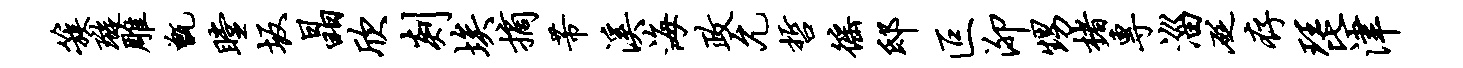
簇璇雕甑瞠坂晶欣剡埃摘芾溪海政允哲徭邸叵泖甥楮专淄砭存琵津